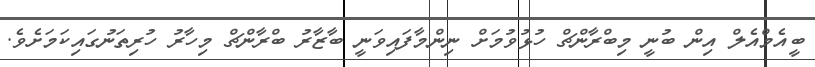
ބީއެމްއެލް އިން ބުނީ މިބްރާންޗް ހުޅުވުމަށް ނިންމާފައިވަނީ ބާޒާރު ބްރާންޗް މިހާރު ހުރިތަނުގައިކަމަށެވެ.